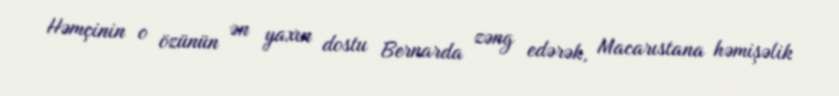
Həmçinin o özünün ən yaxın dostu Bernarda zəng edərək, Macarıstana həmişəlik